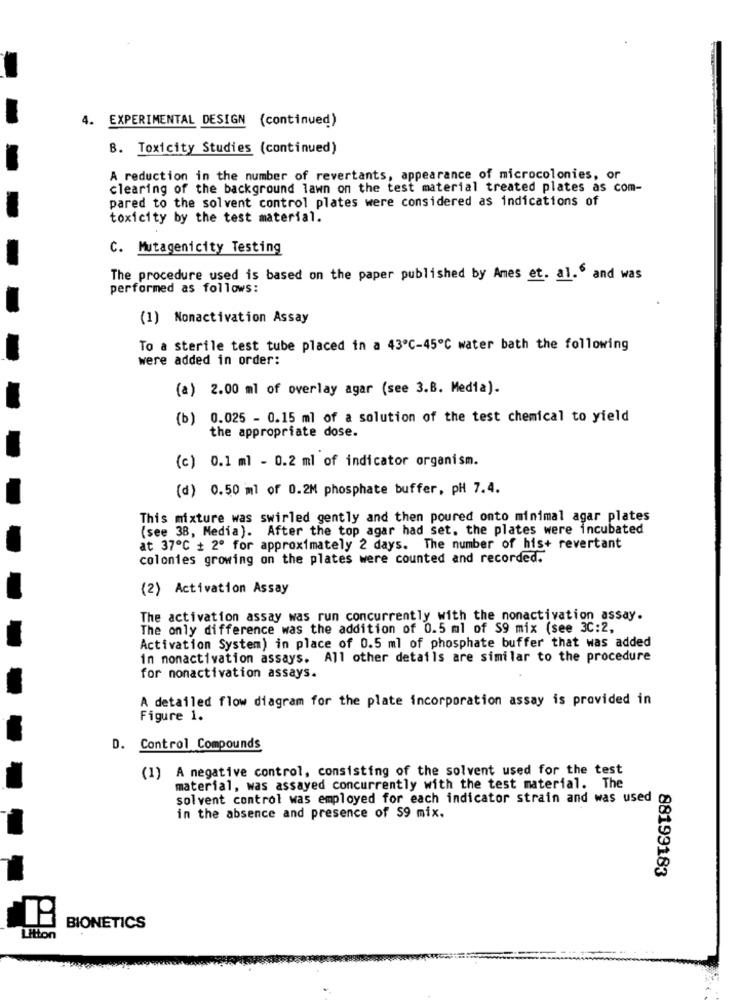
4. EXPERIMENTAL DESIGN (continued)
8. Toxicity Studies (continued)
A reduction in the number of revertants, appearance of microcolonies, or
clearing of the background lawn on the test material treated plates as com-
pared to the solvent control plates were considered as indications of
toxicity by the test material.
C. Mutagenicity Testing
The procedure used is based on the paper published by Ames et. al." and was
performed as follows:
(1) Nonactivation Assay
To a sterile test tube placed in a 43ºC-45℃ water bath the following
were added in order:
(a) 2.00 ml of overlay agar (see 3.B. Media).
(b) 0.025 - 0.15 ml of a solution of the test chemical to yield
the appropriate dose.
(c) 0.1 ml - 0.2 ml of indicator organism.
(d) 0.50 ml of 0.2M phosphate buffer, pH 7.4.
This mixture was swirled gently and then poured onto minimal agar plates
(see 38, Media). After the top agar had set. the plates were incubated
at 37℃ + 2º for approximately 2 days. The number of his+ revertant
colonies growing on the plates were counted and recorded.
(2) Activation Assay
The activation assay was run concurrently with the nonactivation assay.
The only difference was the addition of 0.5 ml of $9 mix (see 3C:2,
Activation System) in place of 0.5 ml of phosphate buffer that was added
in nonactivation assays. All other details are similar to the procedure
for nonactivation assays.
A detailed flow diagram for the plate incorporation assay is provided in
Figure 1.
D. Control Compounds
(1) A negative control, consisting of the solvent used for the test
material, was assayed concurrently with the test material. The
solvent control was employed for each indicator strain and was used
in the absence and presence of $9 mix.
88199183
BIONETICS
Litton